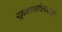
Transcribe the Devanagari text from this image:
यूनानीशास्त्रों